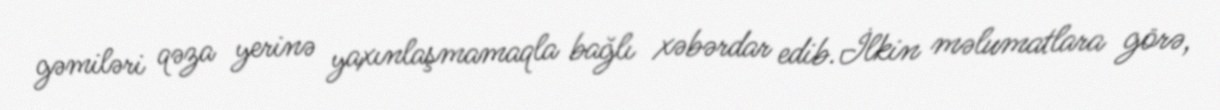
gəmiləri qəza yerinə yaxınlaşmamaqla bağlı xəbərdar edib.İlkin məlumatlara görə,